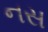
નસ